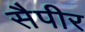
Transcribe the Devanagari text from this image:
सैपीर